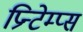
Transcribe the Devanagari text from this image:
प्रिन्टेम्प्स